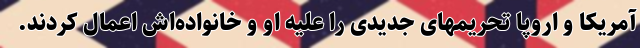
آمریکا و اروپا تحریمهای جدیدی را علیه او و خانواده‌اش اعمال کردند.